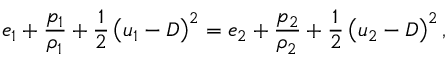
e _ { 1 } + \frac { p _ { 1 } } { \rho _ { 1 } } + \frac { 1 } { 2 } \left( u _ { 1 } - D \right) ^ { 2 } = e _ { 2 } + \frac { p _ { 2 } } { \rho _ { 2 } } + \frac { 1 } { 2 } \left( u _ { 2 } - D \right) ^ { 2 } ,